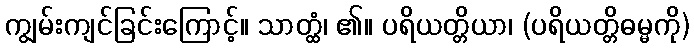
ကျွမ်းကျင်ခြင်းကြောင့်။ သာတ္ထံ၊ ၏။ ပရိယတ္တိယာ၊ (ပရိယတ္တိဓမ္မကို)